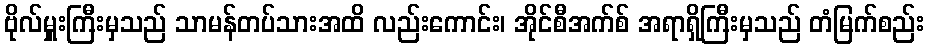
ဗိုလ်မှူးကြီးမှသည် သာမန်တပ်သားအထိ လည်းကောင်း၊ အိုင်စီအက်စ် အရာရှိကြီးမှသည် တံမြက်စည်း